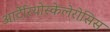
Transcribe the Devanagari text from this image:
आर्टेरियोस्केलेरोसिस